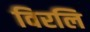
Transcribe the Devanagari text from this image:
विरलि